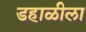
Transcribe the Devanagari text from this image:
डहाळीला